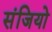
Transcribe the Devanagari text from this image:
संजियो